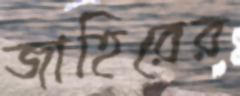
জাহিরের